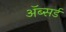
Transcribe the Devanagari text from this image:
ॲब्सर्ड